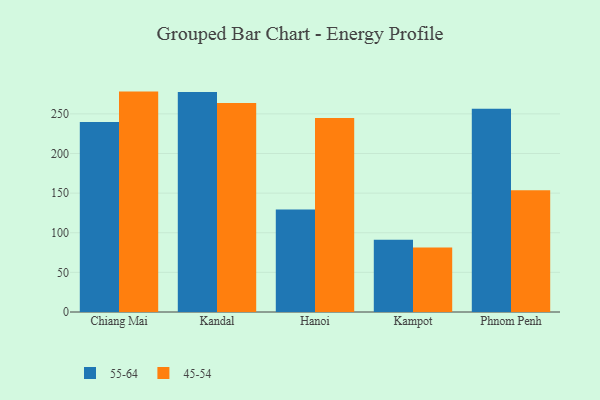
{"axis": {"x": "City", "y": "Gross Profit (USD K)"}, "legend": ["45-54", "55-64"], "data": [{"x": "Chiang Mai", "y": 239.7, "type": "55-64"}, {"x": "Chiang Mai", "y": 278.1, "type": "45-54"}, {"x": "Kandal", "y": 277.7, "type": "55-64"}, {"x": "Kandal", "y": 263.7, "type": "45-54"}, {"x": "Hanoi", "y": 129.2, "type": "55-64"}, {"x": "Hanoi", "y": 244.7, "type": "45-54"}, {"x": "Kampot", "y": 91.3, "type": "55-64"}, {"x": "Kampot", "y": 81.4, "type": "45-54"}, {"x": "Phnom Penh", "y": 256.5, "type": "55-64"}, {"x": "Phnom Penh", "y": 153.6, "type": "45-54"}]}